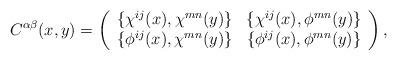
LaTeX: \begin{align*}C^{\alpha \beta} (x,y) = \left( \begin{array}{cc}\{ \chi^{i j}(x) , \chi^{m n}(y) \} & \{ \chi^{i j}(x) , \phi^{m n}(y) \} \\ \{ \phi^{i j}(x) , \chi^{m n}(y) \} & \{ \phi^{i j}(x) , \phi^{m n}(y) \}\end{array}\right) , \end{align*}